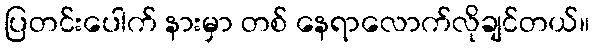
ပြတင်းပေါက် နားမှာ တစ် နေရာလောက်လိုချင်တယ်။